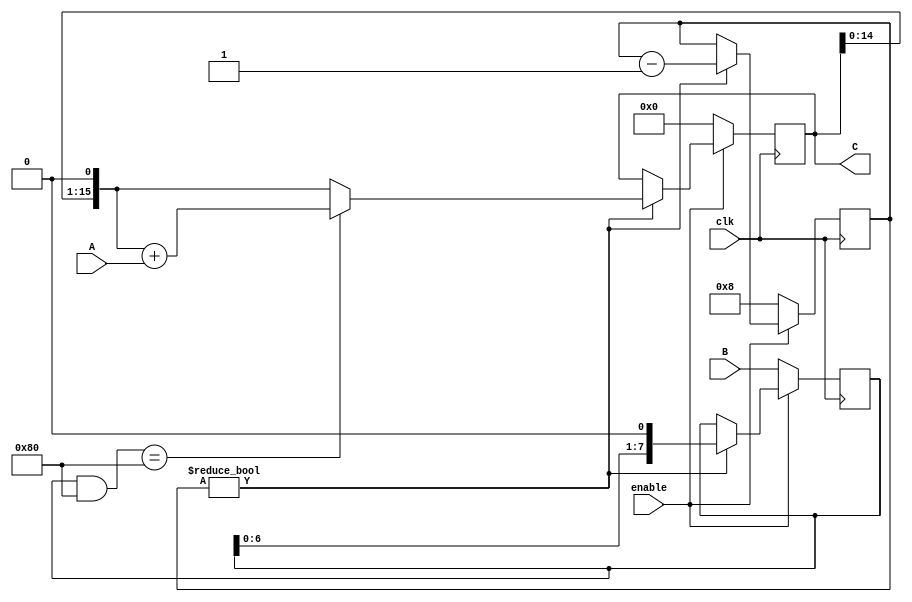
module SeqMultiplier(
input wire clk,
input wire enable,
input wire [7:0] A,
input wire [7:0] B,
output wire [15:0] C
);
reg[15:0]C1;
reg[3:0]cou;
reg[7:0]B1;
always@(posedge clk)
if(enable==0)
begin
	cou<=8;
	B1<=B;
	C1<=0;
end
else if(cou!=0) 
begin
	cou=cou-1;
	C1=C1<<1;
	if((B1&128)==128)
	C1<=C1+A;
	B1<=B1<<1;
end
assign C=C1;
endmodule